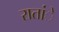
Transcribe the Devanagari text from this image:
रातांे